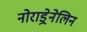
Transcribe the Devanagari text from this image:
नोराड्रेनेलिन